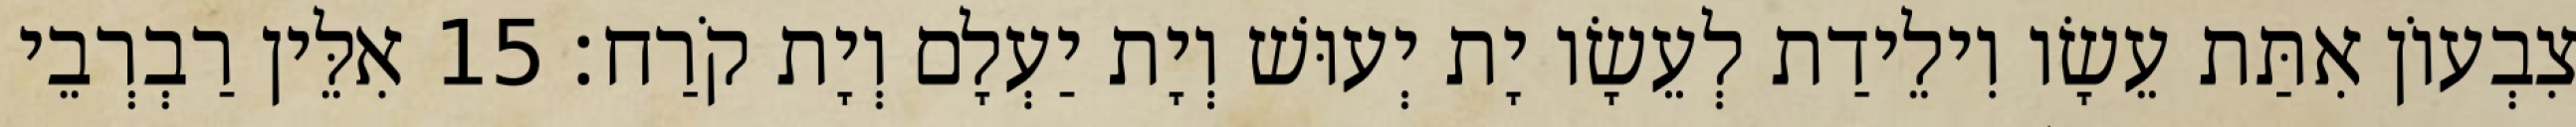
צִבְעוֹן אִתַּת עֵשָׂו וִילֵידַת לְעֵשָׂו יָת יְעוּשׁ וְיָת יַעְלָם וְיָת קֹרַח׃ 15 אִלֵּין רַבְרְבֵי